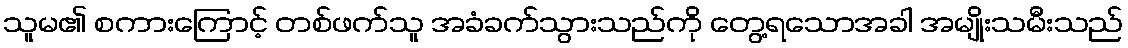
သူမ၏ စကားကြောင့် တစ်ဖက်သူ အခံခက်သွားသည်ကို တွေ့ရသောအခါ အမျိုးသမီးသည်